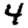
Digit: 4